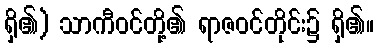
ရှိ၏) သာကီဝင်တို့၏ ရာဇဝင်တိုင်း၌ ရှိ၏။